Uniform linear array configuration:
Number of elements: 4
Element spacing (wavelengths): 0.25
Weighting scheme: uniform
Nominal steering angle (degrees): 60
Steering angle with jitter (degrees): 58.119
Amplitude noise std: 0.05
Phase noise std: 0.05

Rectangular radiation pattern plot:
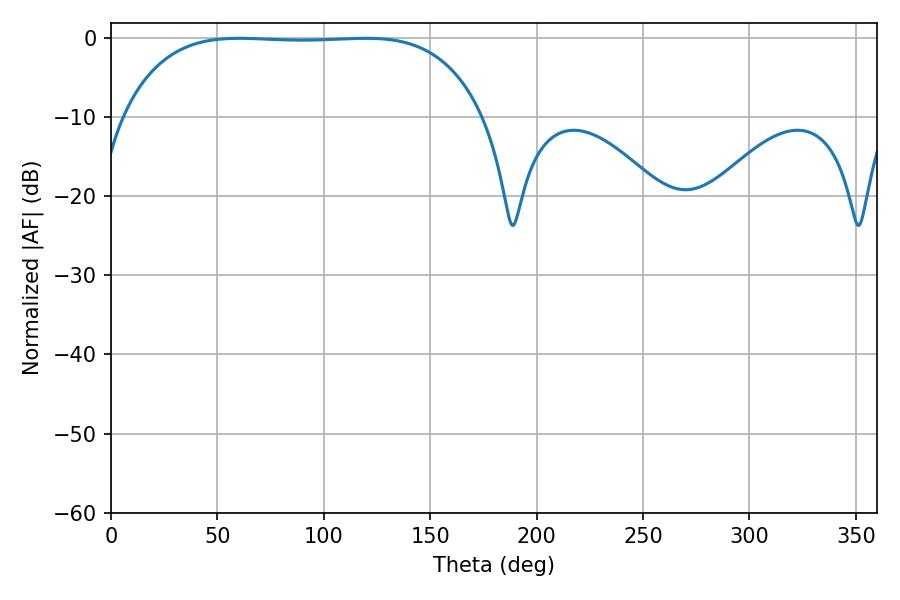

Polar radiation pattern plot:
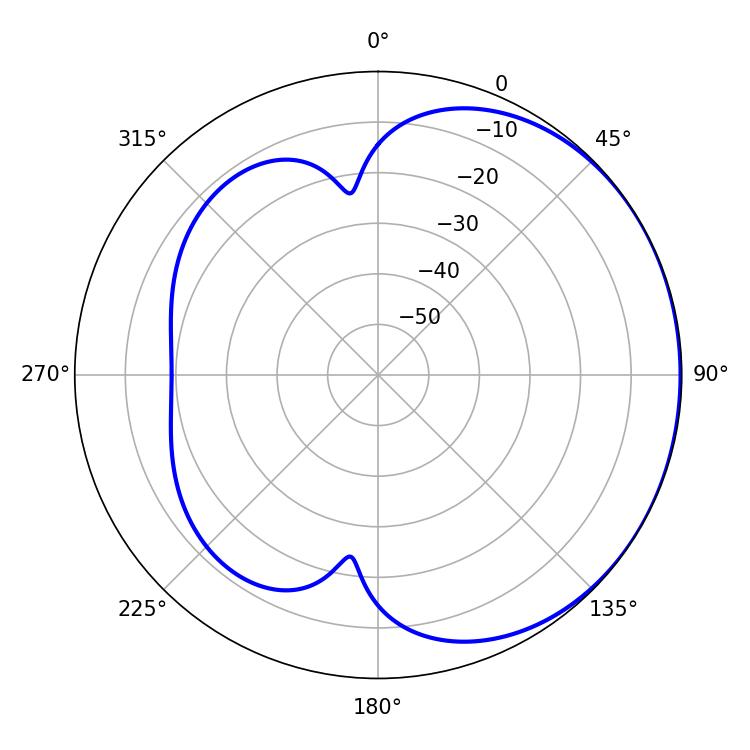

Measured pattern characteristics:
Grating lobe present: FALSE
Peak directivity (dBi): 0.7702
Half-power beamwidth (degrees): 132.12
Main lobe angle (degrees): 119.88